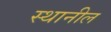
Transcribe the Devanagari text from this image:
स्थानील